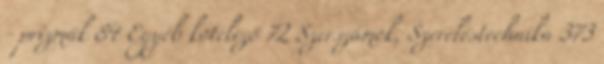
- prizmák 84 Egyéb kötelező 72 Szerszámok, Szereléstechnika 373